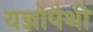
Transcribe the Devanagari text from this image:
यज्ञोपैथी